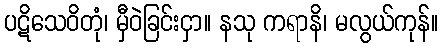
ပဋိသေဝိတုံ၊ မှီဝဲခြင်းငှာ။ နသု ကရာနိ၊ မလွယ်ကုန်။